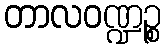
တာလဝဏ္ဍဉ္စ